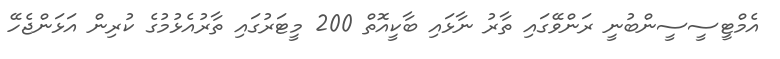
އެމްޓީސީސީންބުނީ ރަންވޭގައި ތާރު ނާޅައި ބާކީއޮތް 200 މީޓަރުގައި ތާރުއެޅުމުގެ ކުރިން އަޅަންޖެހޭ